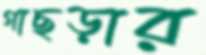
গাছড়ার